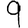
Digit: 9